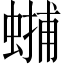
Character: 𧏳